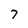
Character: 7